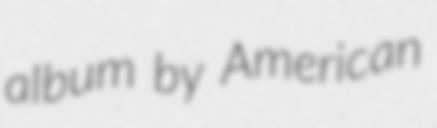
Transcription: album by American